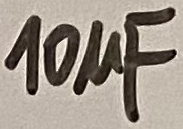
Text: 10µF